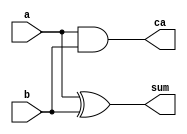
///////////////////////////////////////////////////////
module HalfAdder (a,b,sum, ca);
input a, b;
output sum, ca;
	assign sum = a ^ b;
	assign ca  = a&b;
endmodule
///////////////////////////////////////////////////////
module fullAdder (a,b,cin,sum, ca);
input a, b, cin;
output sum, ca;
	assign sum = a ^ b ^ cin;
	assign ca  = (a & b) | (cin & a) | (cin & b);
endmodule
///////////////////////////////////////////////////////
module fullAdder4 (
    input [3:0]a,
    input [3:0]b,
    input cin,
    output [3:0]sum,
    output ca
);
    wire w0,w1,w2;

    fullAdder FA_0(a[0],b[0],cin,sum[0],w0);
    fullAdder FA_1(a[1],b[1],w0,sum[1],w1);
    fullAdder FA_2(a[2],b[2],w1,sum[2],w2);
    fullAdder FA_3(a[3],b[3],w2,sum[3],ca);

endmodule
///////////////////////////////////////////////////////
module fullAdder8 (
    input [7:0]a,
    input [7:0]b,
    input cin,
    output [7:0]sum,
    output ca
);
    wire w0;

    fullAdder4 FA_0(a[3:0],b[3:0],cin,sum[3:0],w0);
    fullAdder4 FA_1(a[7:4],b[7:4],w0,sum[7:4],ca);
endmodule
///////////////////////////////////////////////////////
module fullAdder16 (
    input [15:0]a,
    input [15:0]b,
    input cin,
    output [15:0]sum,
    output ca
);
    wire w0;

    fullAdder8 FA_0(a[7:0],b[7:0],cin,sum[7:0],w0);
    fullAdder8 FA_1(a[15:8],b[15:8],w0,sum[15:8],ca);

endmodule
///////////////////////////////////////////////////////
module fullAdder24 (
    input [23:0]a,
    input [23:0]b,
    input cin,
    output [23:0]sum,
    output ca
);
    wire w0;
    wire w1;

    fullAdder8 FA_0(a[7:0],b[7:0],cin,sum[7:0],w0);
    fullAdder8 FA_1(a[15:8],b[15:8],w0,sum[15:8],w1);
    fullAdder8 FA_2(a[23:16],b[23:16],w1,sum[23:16],ca);

endmodule
///////////////////////////////////////////////////////
module wallace(a,b,result);
input [7:0]a;
input [7:0]b;
output [15:0]result;

wire [7:0]r0,r1,r2,r3,r4,r5,r6,r7;
// a & b[0]
assign r0[0] = a[0] & b[0];
assign r0[1] = a[1] & b[0];
assign r0[2] = a[2] & b[0];
assign r0[3] = a[3] & b[0];
assign r0[4] = a[4] & b[0];
assign r0[5] = a[5] & b[0];
assign r0[6] = a[6] & b[0];
assign r0[7] = a[7] & b[0];
// a & b[1]
assign r1[0] = a[0] & b[1];
assign r1[1] = a[1] & b[1];
assign r1[2] = a[2] & b[1];
assign r1[3] = a[3] & b[1];
assign r1[4] = a[4] & b[1];
assign r1[5] = a[5] & b[1];
assign r1[6] = a[6] & b[1];
assign r1[7] = a[7] & b[1];
// a & b[2]
assign r2[0] = a[0] & b[2];
assign r2[1] = a[1] & b[2];
assign r2[2] = a[2] & b[2];
assign r2[3] = a[3] & b[2];
assign r2[4] = a[4] & b[2];
assign r2[5] = a[5] & b[2];
assign r2[6] = a[6] & b[2];
assign r2[7] = a[7] & b[2];
// a & b[3]
assign r3[0] = a[0] & b[3];
assign r3[1] = a[1] & b[3];
assign r3[2] = a[2] & b[3];
assign r3[3] = a[3] & b[3];
assign r3[4] = a[4] & b[3];
assign r3[5] = a[5] & b[3];
assign r3[6] = a[6] & b[3];
assign r3[7] = a[7] & b[3];
// a & b[4]
assign r4[0] = a[0] & b[4];
assign r4[1] = a[1] & b[4];
assign r4[2] = a[2] & b[4];
assign r4[3] = a[3] & b[4];
assign r4[4] = a[4] & b[4];
assign r4[5] = a[5] & b[4];
assign r4[6] = a[6] & b[4];
assign r4[7] = a[7] & b[4];
// a & b[5]
assign r5[0] = a[0] & b[5];
assign r5[1] = a[1] & b[5];
assign r5[2] = a[2] & b[5];
assign r5[3] = a[3] & b[5];
assign r5[4] = a[4] & b[5];
assign r5[5] = a[5] & b[5];
assign r5[6] = a[6] & b[5];
assign r5[7] = a[7] & b[5];
// a & b[6]
assign r6[0] = a[0] & b[6];
assign r6[1] = a[1] & b[6];
assign r6[2] = a[2] & b[6];
assign r6[3] = a[3] & b[6];
assign r6[4] = a[4] & b[6];
assign r6[5] = a[5] & b[6];
assign r6[6] = a[6] & b[6];
assign r6[7] = a[7] & b[6];
// a & b[7]
assign r7[0] = a[0] & b[7];
assign r7[1] = a[1] & b[7];
assign r7[2] = a[2] & b[7];
assign r7[3] = a[3] & b[7];
assign r7[4] = a[4] & b[7];
assign r7[5] = a[5] & b[7];
assign r7[6] = a[6] & b[7];
assign r7[7] = a[7] & b[7];

//iteration-1
wire [9:0]t0;
wire [7:0]c0;
assign t0[0]=r0[0];
HalfAdder h0(r0[1],r1[0],t0[1],c0[0]);

fullAdder f0(r0[2],r1[1],r2[0],t0[2],c0[1]);
fullAdder f1(r0[3],r1[2],r2[1],t0[3],c0[2]);
fullAdder f2(r0[4],r1[3],r2[2],t0[4],c0[3]);
fullAdder f3(r0[5],r1[4],r2[3],t0[5],c0[4]);
fullAdder f4(r0[6],r1[5],r2[4],t0[6],c0[5]);
fullAdder f5(r0[7],r1[6],r2[5],t0[7],c0[6]);

HalfAdder h1(r1[7],r2[6],t0[8],c0[7]);
assign t0[9]=r2[7];


wire [9:0]t1;
wire [7:0]c1;
assign t1[0]=r3[0];
HalfAdder h2(r3[1], r4[0],t1[1],c1[0]);

fullAdder f6(r3[2], r4[1],r5[0],t1[2],c1[1]);
fullAdder f7(r3[3], r4[2],r5[1],t1[3],c1[2]);
fullAdder f8(r3[4], r4[3],r5[2],t1[4],c1[3]);
fullAdder f9(r3[5], r4[4],r5[3],t1[5],c1[4]);
fullAdder f10(r3[6],r4[5],r5[4],t1[6],c1[5]);
fullAdder f11(r3[7],r4[6],r5[5],t1[7],c1[6]);

HalfAdder h3(r4[7],r5[6],t1[8],c1[7]);
assign t1[9]=r5[7];


//iteration-2
wire [12:0]t2;
wire [7:0]c2;
assign t2[0]=t0[0];
assign t2[1]=t0[1];
HalfAdder h4(t0[2],c0[0],t2[2],c2[0]);

fullAdder f12(t0[3],c0[1],t1[0],t2[3],c2[1]);
fullAdder f13(t0[4],c0[2],t1[1],t2[4],c2[2]);
fullAdder f14(t0[5],c0[3],t1[2],t2[5],c2[3]);
fullAdder f15(t0[6],c0[4],t1[3],t2[6],c2[4]);
fullAdder f16(t0[7],c0[5],t1[4],t2[7],c2[5]);
fullAdder f17(t0[8],c0[6],t1[5],t2[8],c2[6]);
fullAdder f18(t0[9],c0[7],t1[6],t2[9],c2[7]);

assign t2[10]=t1[7];
assign t2[11]=t1[8];
assign t2[12]=t1[9];
///////////////////////

wire [9:0]t3;
wire [7:0]c3;
assign t3[0]=c1[0];
HalfAdder h5(c1[1],r6[0],t3[1],c3[0]);

fullAdder f19(c1[2],r6[1],r7[0],t3[2],c3[1]);
fullAdder f20(c1[3],r6[2],r7[1],t3[3],c3[2]);
fullAdder f21(c1[4],r6[3],r7[2],t3[4],c3[3]);
fullAdder f22(c1[5],r6[4],r7[3],t3[5],c3[4]);
fullAdder f23(c1[6],r6[5],r7[4],t3[6],c3[5]);
fullAdder f24(c1[7],r6[6],r7[5],t3[7],c3[6]);

HalfAdder h14(r6[7],r7[6],t3[8],c3[7]);
assign t3[9]=r7[7];


//iteration-3
wire [14:0]t4;
wire [9:0]c4;
assign t4[0]=t2[0];
assign t4[1]=t2[1];
assign t4[2]=t2[2];
HalfAdder h6(t2[3],c2[0],t4[3],c4[0]);
HalfAdder h7(t2[4],c2[1],t4[4],c4[1]);

fullAdder f25(t2[5],c2[2],t3[0],t4[5],c4[2]);
fullAdder f26(t2[6],c2[3],t3[1],t4[6],c4[3]);
fullAdder f27(t2[7],c2[4],t3[2],t4[7],c4[4]);
fullAdder f28(t2[8],c2[5],t3[3],t4[8],c4[5]);
fullAdder f29(t2[9],c2[6],t3[4],t4[9],c4[6]);
fullAdder f30(t2[10],c2[7],t3[5],t4[10],c4[7]);

HalfAdder h8(t2[11],t3[6],t4[11],c4[8]);//
HalfAdder h9(t2[12],t3[7],t4[12],c4[9]);
assign t4[13]=t3[8];
assign t4[14]=t3[9];


//iteration-4
wire [14:0]t5;
wire [10:0]c5;
assign t5[0]=t4[0];
assign t5[1]=t4[1];
assign t5[2]=t4[2];
assign t5[3]=t4[3];
HalfAdder h10(t4[4],c4[0],t5[4],c5[0]);
HalfAdder h11(t4[5],c4[1],t5[5],c5[1]);
HalfAdder h12(t4[6],c4[2],t5[6],c5[2]);

fullAdder f31(t4[7],c4[3],c3[0],t5[7],c5[3]);
fullAdder f32(t4[8],c4[4],c3[1],t5[8],c5[4]);
fullAdder f33(t4[9],c4[5],c3[2],t5[9],c5[5]);
fullAdder f34(t4[10],c4[6],c3[3],t5[10],c5[6]);
fullAdder f35(t4[11],c4[7],c3[4],t5[11],c5[7]);
fullAdder f36(t4[12],c4[8],c3[5],t5[12],c5[8]);
fullAdder f37(t4[13],c4[9],c3[6],t5[13],c5[9]);

HalfAdder h15(t4[14],c3[7],t5[14],c5[10]);


//last iteration
wire [10:0]car;
assign result[0]=t5[0];
assign result[1]=t5[1];
assign result[2]=t5[2];
assign result[3]=t5[3];
assign result[4]=t5[4];

fullAdder f38(t5[5],c5[0],1'b0,result[5],car[0]);
fullAdder f39(t5[6],c5[1],car[0],result[6],car[1]);
fullAdder f40(t5[7],c5[2],car[1],result[7],car[2]);
fullAdder f41(t5[8],c5[3],car[2],result[8],car[3]);
fullAdder f42(t5[9],c5[4],car[3],result[9],car[4]);
fullAdder f43(t5[10],c5[5],car[4],result[10],car[5]);
fullAdder f44(t5[11],c5[6],car[5],result[11],car[6]);
fullAdder f45(t5[12],c5[7],car[6],result[12],car[7]);
fullAdder f46(t5[13],c5[8],car[7],result[13],car[8]);
fullAdder f47(t5[14],c5[9],car[8],result[14],car[9]);

HalfAdder h13(c5[10],car[9],result[15],car[10]);
// assign result[15]=car[10];

endmodule
///////////////////////////////////////////////////////
module multi16(a,b,c);
input [15:0]a;
input [15:0]b;
output [31:0]c;

wire [15:0]q0,q1,q2,q3,q4,temp1;	
wire [31:0]c;
wire [23:0]temp2,temp3,temp4,q5,q6;
// using 4 8x8 wallace multipliers to build 16x16 multiplier
wallace z1(a[7:0],b[7:0],q0[15:0]);
wallace z2(a[15:8],b[7:0],q1[15:0]);
wallace z3(a[7:0],b[15:8],q2[15:0]);
wallace z4(a[15:8],b[15:8],q3[15:0]);
wire ca1,ca2,ca3;
// stage 1 adders 
assign temp1 ={8'b0,q0[15:8]};
fullAdder16 z5(q1[15:0],temp1,1'b0,q4,ca1);
assign temp2 ={8'b0,q2[15:0]};
assign temp3 ={q3[15:0],8'b0};
fullAdder24 z6(temp2,temp3,1'b0,q5,ca2);
assign temp4={8'b0,q4[15:0]};

//stage 2 adder
fullAdder24 z7(temp4,q5,1'b0,q6,ca3);
// fnal output assignment 
assign c[7:0]=q0[7:0];
assign c[31:8]=q6[23:0];


endmodule